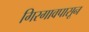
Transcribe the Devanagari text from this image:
गिरगावपासून